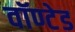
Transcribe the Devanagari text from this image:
वॉण्टेड